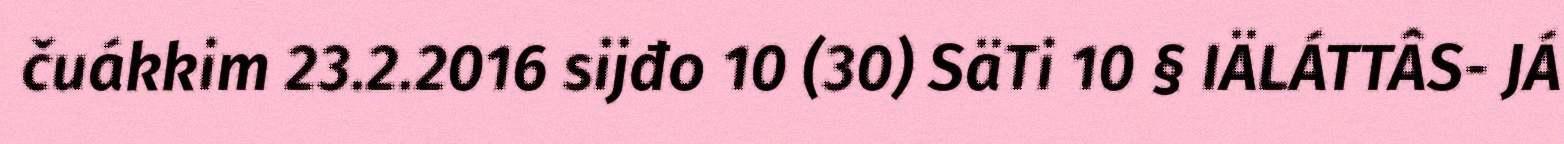
čuákkim 23.2.2016 sijđo 10 (30) SäTi 10 § IÄLÁTTÂS- JÁ